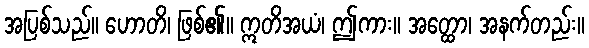
အပြစ်သည်။ ဟောတိ၊ ဖြစ်၏။ ဣတိအယံ၊ ဤကား။ အတ္ထော၊ အနက်တည်း။